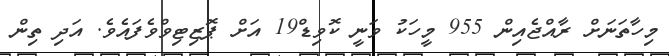
މިހާތަނަށް ރާއްޖެއިން 955 މީހަކު ވަނީ ކޮވިޑް19 އަށް ޕޮޒިޓިވްވެފައެވެ. އަދި ތިން